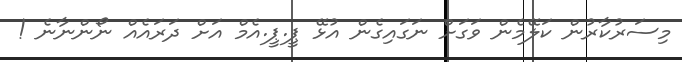
މިސަރުކާރުން ކަލޭމެން ވަގަށް ނަގައިގެން އުޅޭ ޕީ.ޕީ.އެމް އަށް ދަރައެއް ނޯންނާނެ !